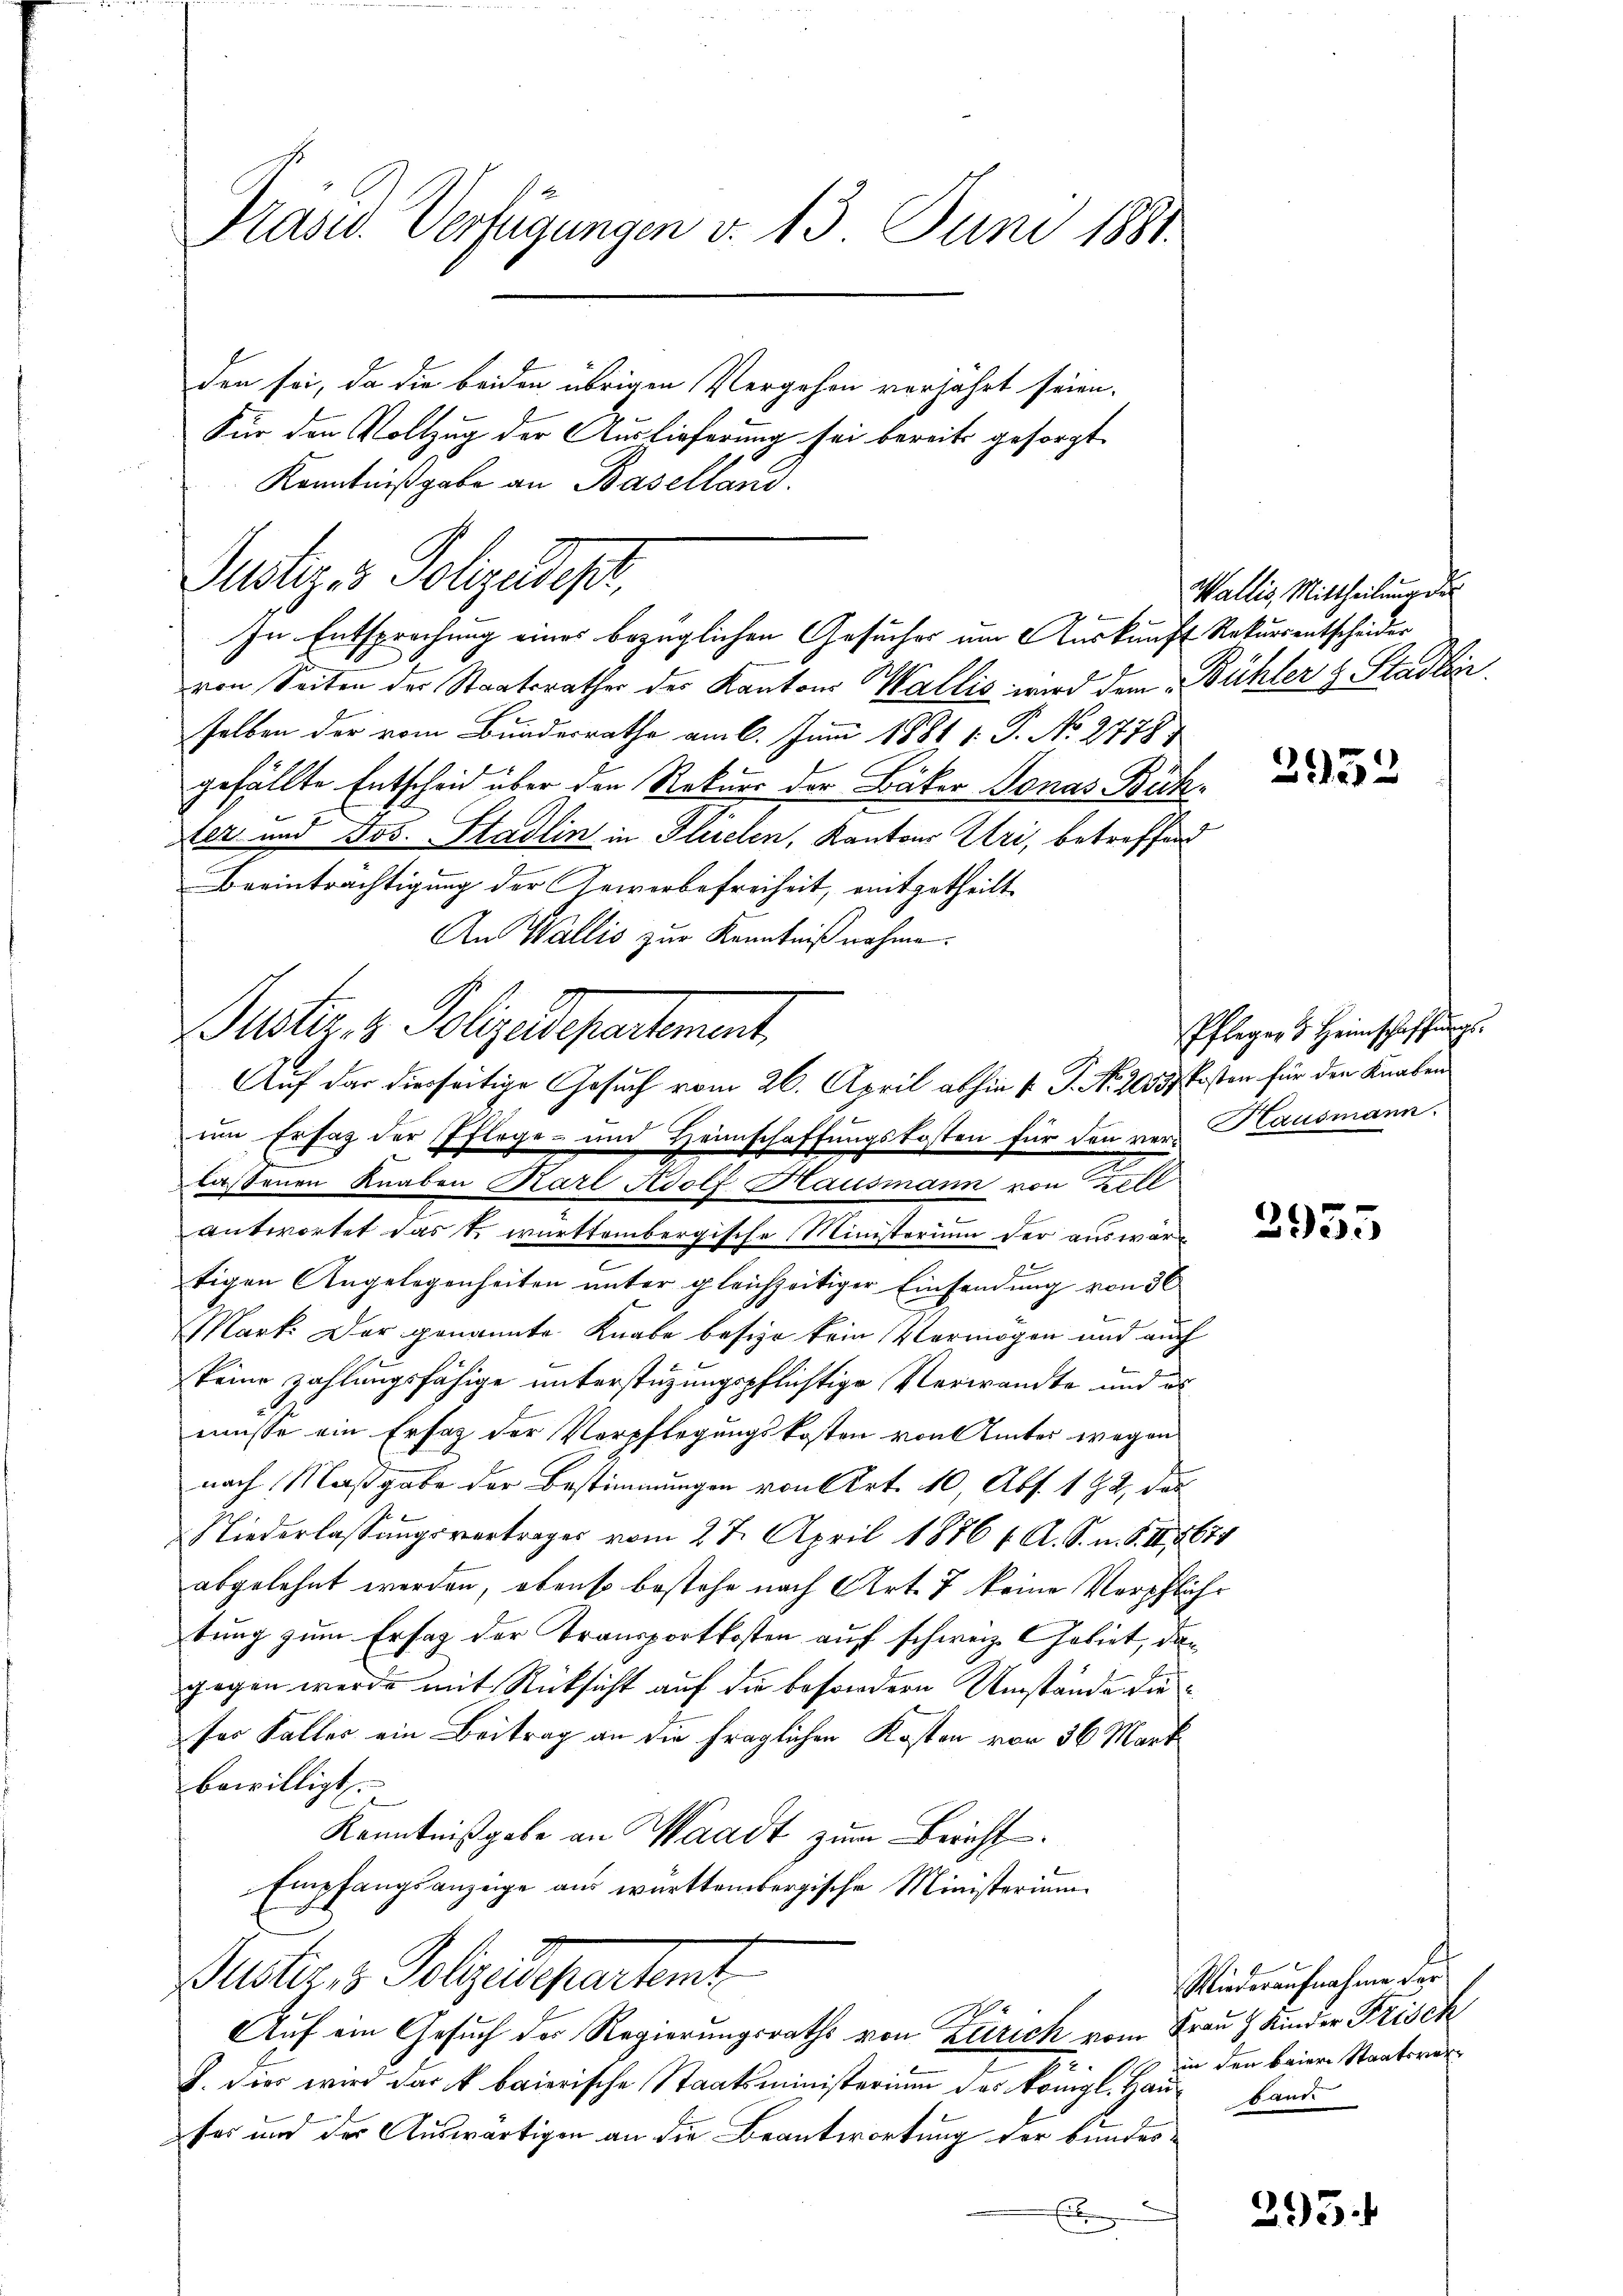
Präsid. Verfügungen v. 13. Juni 1881.

den sei, da die beiden übrigen Vergehen verjährt seien.
Für den Vollzug der Auslieferung sei bereits gesorgt.
Kenntnißgabe an Baselland.

Justiz & Polizeidepr
In Entsprochung eines bezüglichen Gesucher um Auskunft Rekurrentscheider

von Seiten der Staatsrathes des Kantons Wallis wird dem Bühler & Stadlin
selben der vom Bundesrathe am 6. Juni 1881 1: P. No 2778
gefällte Entscheid über den Rekurs der Bäker Donas Büch
fer und Jos. Stadlin in Flüelen, Kantons Uri, betreffend
Beeinträchtigung der Geworbefreiheit, mitgetheilt
An Wallis zur Kenntniß nahme.
Muster. v. Polizeidepartement.
um Ersatz der Pflege- und Heimschaffungskosten für den ver- Kausmann.
laßenen Knaben Karl Adolf Hausmann von Zell
e
antwortet das k. württembergische Ministerium der auswärtigen Angelegenheiten unter gleichzeitiger Einsendung von 36
Mark. Der genannte Knabe besie kein Vermögen und auch
keine zahlungsfähige unterstüzungspflichtige Verwandte und es
müsse ein Ersatz der Verpflegungskosten von Amtes wegen
nach Maßgabe der Bestimmungen von Art. 10, Abs. 182, das
Niederlassungsvertrages vom 27. April 1876 1. A. S. m. S. II 2674
abgelehnt werden, obenso bestehe nach Art. 7 keine Verpfliche
tung zum Ersatz der Transportkosten auf schweiz. Gebiet, dan
gegen werde mit Rücksicht auf die besondern Umstände diefer Faller ein Beitrag an die fraglichen Kosten von 36 Mart
bewilligt.
Kenntnißgabe an Waadt zum Bericht
Empfangsanzeige aus württembergische Ministerium
Muster, v. Polzespartamt
Auf ein Gesuch der Regierungsraths von Zürich vom Frau & Kinder Frisch
J. die wird das k. baierische Staatsministerium des königl. Haus bande
fes und der Auswärtigen an die Beantwortung der bundes¬
Ei

Auf der diesseitige Gesuch vom 26. April abhin 1. P. Nr. 20557 kosten für den Knaben

Wallis, Mittheilung des

2952

Pfleger & Heimschaffŭngs.

2955

Wiederaufnahme der
72. 11. in den Baier Staatsver

295.